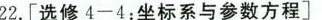
22.[选修4-4：坐标系与参数方程]